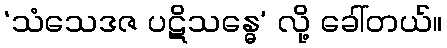
‘သံသေဒဇ ပဋိသန္ဓေ’ လို့ ခေါ်တယ်။